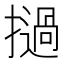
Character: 撾